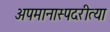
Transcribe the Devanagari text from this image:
अपमानास्पदरीत्या